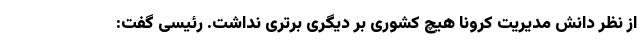
از نظر دانش مدیریت کرونا هیچ کشوری بر دیگری برتری نداشت. رئیسی گفت: